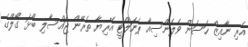
އެރި ނާއިޒް ހަސަން ވެލެންސިއާ ޕެނަލްޓީ އޭރިޔާ ތެރޭން ޖައްސާލި ބޯޅަ ގޯލްގެ